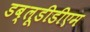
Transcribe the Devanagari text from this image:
डब्लूडीडीएम